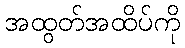
အထွတ်အထိပ်ကို